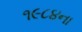
૧૯૮૪ના